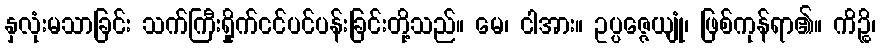
နှလုံးမသာခြင်း သက်ကြီးရှိုက်ငင်ပင်ပန်းခြင်းတို့သည်။ မေ၊ ငါအား။ ဥပ္ပဇ္ဇေယျုံ၊ ဖြစ်ကုန်ရာ၏။ ကိဉ္စိ၊